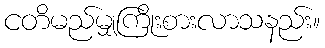
ငတိမည်မျှကြိုးစားလာသနည်း။